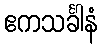
ဧကသင်္ခါနံ